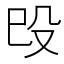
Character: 㱼